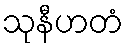
သုနီဟတံ